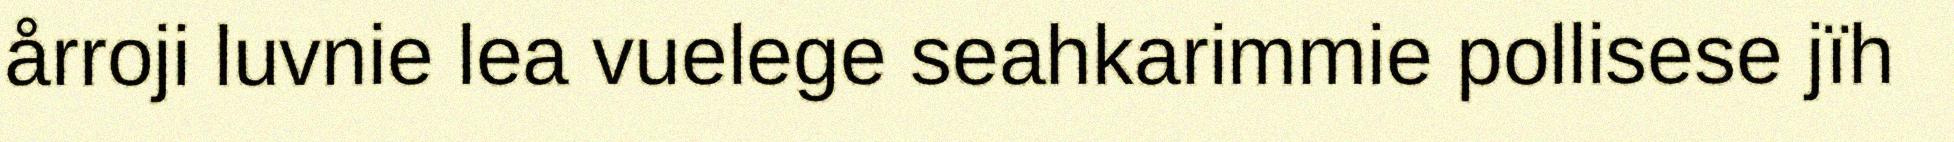
årroji luvnie lea vuelege seahkarimmie pollisese jïh